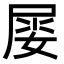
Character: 𡝼